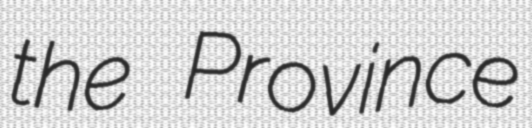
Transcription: the Province